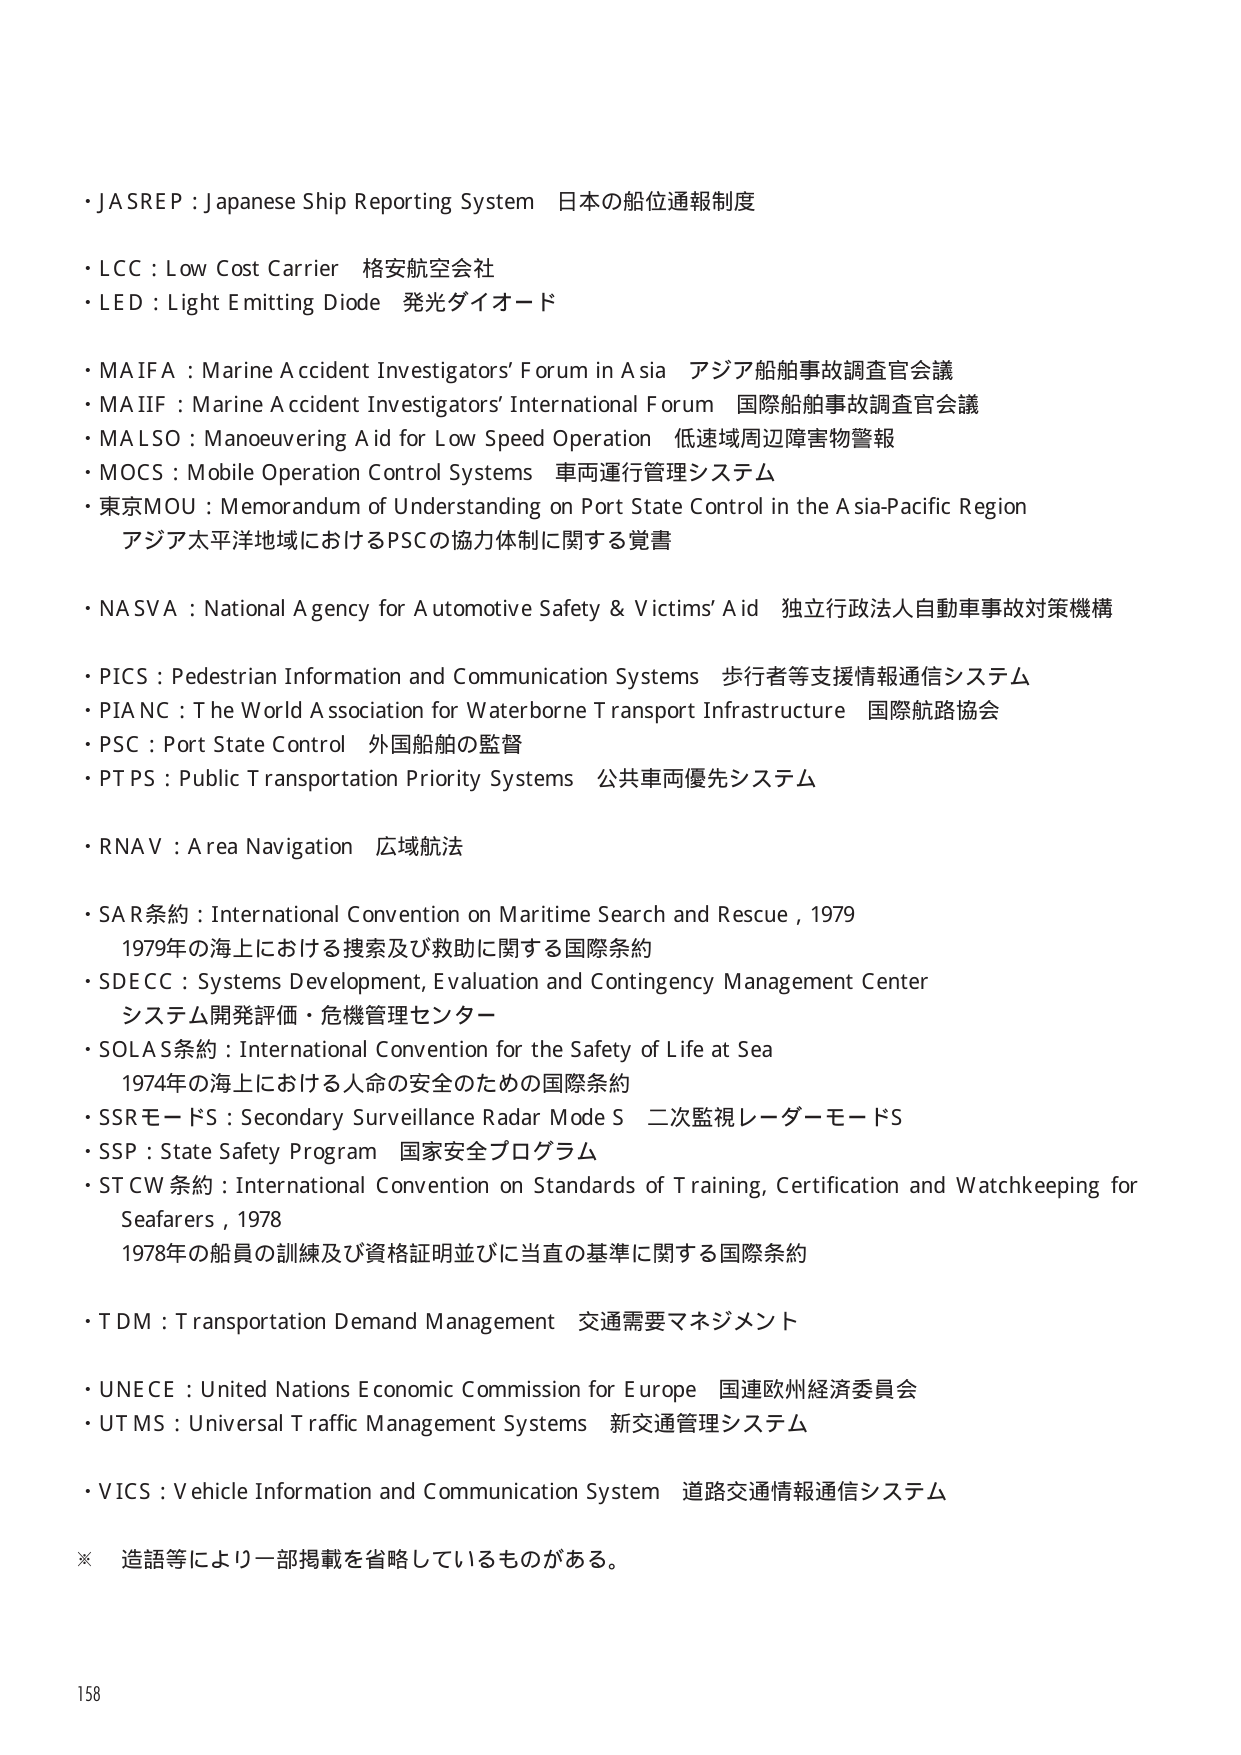
・JASREP : Japanese Ship Reporting System 日本の船位通報制度
・LCC : Low Cost Carrier 格安航空会社
・LED : Light Emitting Diode 発光ダイオード
・MAIFA : Marine Accident Investigators' Forum in Asia アジア船舶事故調査官会議
・MAIIF : Marine Accident Investigators' International Forum 国際船舶事故調査官会議
・MALSO : Manoeuvring Aid for Low Speed Operation 低速域周辺障害物警報
・MOCS : Mobile Operation Control Systems 車両運行管理システム
・東京MOU : Memorandum of Understanding on Port State Control in the Asia-Pacific Region
アジア太平洋地域におけるPSCの協力体制に関する覚書
・NASVA : National Agency for Automotive Safety & Victims' Aid 独立行政法人自動車事故対策機構
・PICS : Pedestrian Information and Communication Systems 歩行者等支援情報通信システム
・PIANC : The World Association for Waterborne Transport Infrastructure 国際航路協会
・PSC : Port State Control 外国船舶の監督
・PTPS : Public Transportation Priority Systems 公共車両優先システム
・RNAV : Area Navigation 広域航法
・SAR条約 : International Convention on Maritime Search and Rescue, 1979
1979年の海上における捜索及び救助に関する国際条約
・SDECC : Systems Development, Evaluation and Contingency Management Center
システム開発評価・危機管理センター
・SOLAS条約 : International Convention for the Safety of Life at Sea
1974年の海上における人命の安全のための国際条約
・SSRモードS : Secondary Surveillance Radar Mode S 二次監視レーダーモードS
・SSP : State Safety Program 国家安全プログラム
・STCW条約 : International Convention on Standards of Training, Certification and Watchkeeping for Seafarers, 1978
1978年の船員の訓練及び資格証明並びに当直の基準に関する国際条約
・TDM : Transportation Demand Management 交通需要マネジメント
・UNECE : United Nations Economic Commission for Europe 国連欧州経済委員会
・UTMS : Universal Traffic Management Systems 新交通管理システム
・VICS : Vehicle Information and Communication System 道路交通情報通信システム
※ 造語等により一部掲載を省略しているものがある。
158